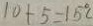
1 0 + 5 = 1 5 ^ { \circ } C